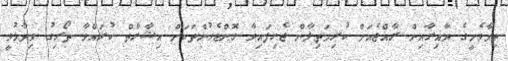
ތިމާވެށީގެ ދާއިރާއިން ރާއްޖެއަށް ކުރިމަތިލާން ޖެހިފައިވާ ގޮންޖެހުންތަކަށް އިޝާރާތް ކުރައްވާ ތޯރިގު ވިދާޅުވީ